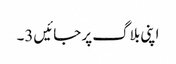
اپنی بلاگ پر جائیں3۔